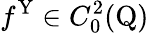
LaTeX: f^{\mathrm{Y}}\in C_{0}^{2}(\mathrm{Q})